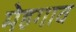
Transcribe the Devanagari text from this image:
मेहगाव